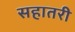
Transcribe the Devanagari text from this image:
सहातरी